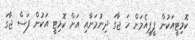
ކޮމިޓީއަކުން ޕީޕީއެމަށް ހަ ޖާގަ ދިނުމަށާއި އަށް ކޮމިޓީ އަކުން ފަސް ޖާގަ